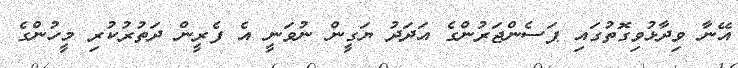
އޭނާ ވިދާޅުވިގޮތުގައި ޕަސެންޖަރުންގެ އަދަދު ޔަގީން ނުވަނީ އެ ފެރީން ދަތުރުކުރި މީހުންގެ